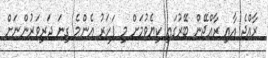
ރާއްޖެ އާއި ރާއްޖޭން ބޭރުގައި ކިޔެވުމަށް މި ފަހަރު އެންމެ ގިނަ ދަރިވަރުންނަށް